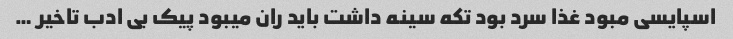
اسپایسی مبود غذا سرد بود تکه سینه داشت باید ران میبود پیک بی ادب تاخیر …